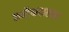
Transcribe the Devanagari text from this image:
कन्हैकयालाल